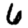
Digit: 6